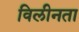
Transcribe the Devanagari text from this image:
विलीनता